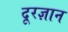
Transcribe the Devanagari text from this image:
दूरज्ञान